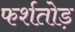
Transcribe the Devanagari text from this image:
फर्शतोड़